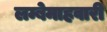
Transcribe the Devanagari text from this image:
लम्बेमाहवारी